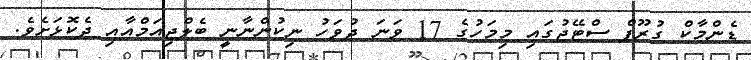
ޑެންމާކް ގުރޫޕް ސްޓޭޖުގައި މިމަހުގެ 17 ވަނަ ދުވަހު ނިކުންނާނީ ބެލްޖިއަމްއާއި ދެކޮޅަށެވެ.